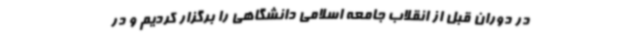
در دوران قبل از انقلاب جامعه اسلامی دانشگاهی را برگزار کردیم و در